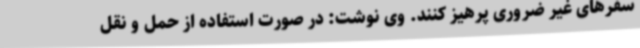
سفرهای غیر ضروری پرهیز کنند. وی نوشت: در صورت استفاده از حمل و نقل